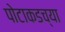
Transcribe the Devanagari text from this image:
पोटाकडच्या